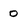
Character: 0